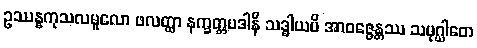
ဥဿန္နကုသလမူလော ဖလတ္ထာ နက္ခတ္တပဒါနိ သဒ္ဓါယပိ အာဝဇ္ဇေန္တဿ သမုဂ္ဃါတေ